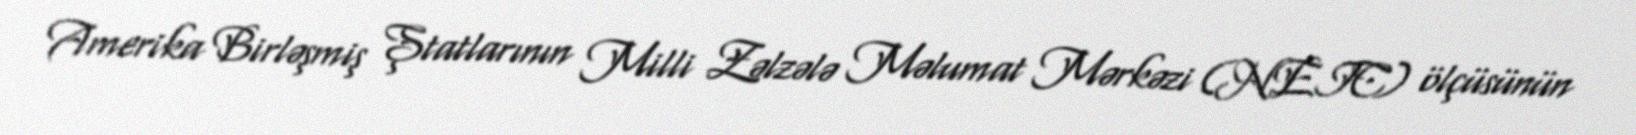
Amerika Birləşmiş Ştatlarının Milli Zəlzələ Məlumat Mərkəzi (NEIC) ölçüsünün